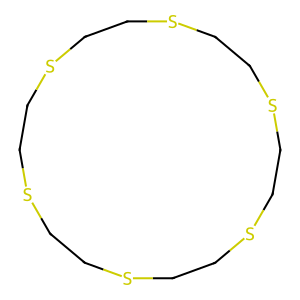
SMILES: C1CSCCSCCSCCSCCSCCS1
Inhibits HIV replication: No